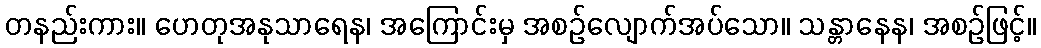
တနည်းကား။ ဟေတုအနုသာရေန၊ အကြောင်းမှ အစဉ်လျောက်အပ်သော။ သန္တာနေန၊ အစဉ်ဖြင့်။